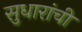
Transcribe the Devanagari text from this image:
सुधारांची